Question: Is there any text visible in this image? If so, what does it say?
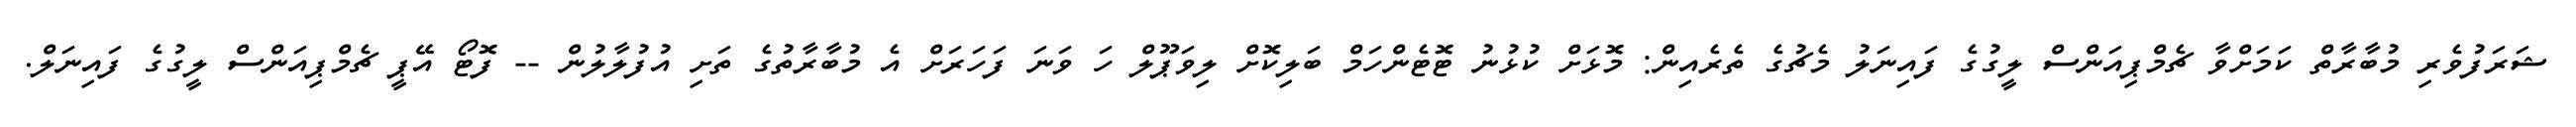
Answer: ޝަރަފުވެރި މުބާރާތް ކަމަށްވާ ޗެމްޕިއަންސް ލީގުގެ ފައިނަލު މެޗުގެ ތެރެއިން: މޮޅަށް ކުޅުނު ޓޮޓެންހަމް ބަލިކޮށް ލިވަޕޫލް ހަ ވަނަ ފަހަރަށް އެ މުބާރާތުގެ ތަށި އުފުލާލުން -- ފޮޓޯ އޭޕީ ޗެމްޕިއަންސް ލީގުގެ ފައިނަލް.